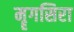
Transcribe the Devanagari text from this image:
मॄगसिरा